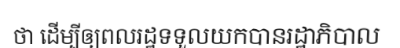
ថា ដើម្បីឲ្យពលរដ្ឋទទួលយកបានរដ្ឋាភិបាល